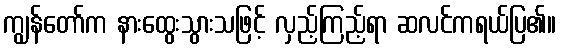
ကျွန်တော်က နားထွေးသွားသဖြင့် လှည့်ကြည့်ရာ ဆလင်ကရယ်ပြ၏။